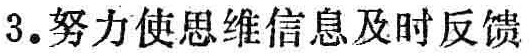
3. 努力使思维信息及时反馈